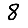
Digit: 8